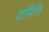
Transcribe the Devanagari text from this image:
दामिनि